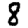
Digit: 8